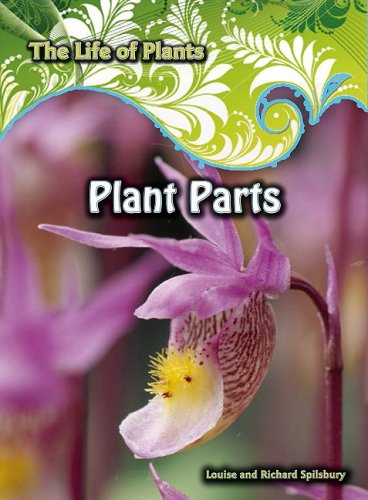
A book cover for Plant Parts (The Life of Plants); Louise Spilsbury; Children's Books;